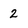
Character: 2